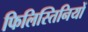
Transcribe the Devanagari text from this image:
फिलिस्तिनियों